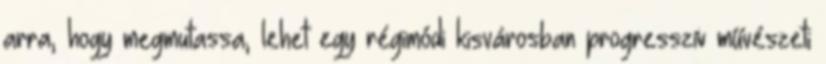
arra, hogy megmutassa, lehet egy régimódi kisvárosban progresszív művészeti